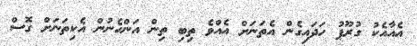
އެއާއެކު ގުރޫޕު ހަދައިގެން އެތަނަށް އެއްވެ ތިބި ތިން އަންހެނުން އެކިތަނަށް ގޮސް